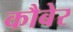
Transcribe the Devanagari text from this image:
कौबेर